Scientific memoirs by medical officers of the Army of India - Part XI,
Year: 1898
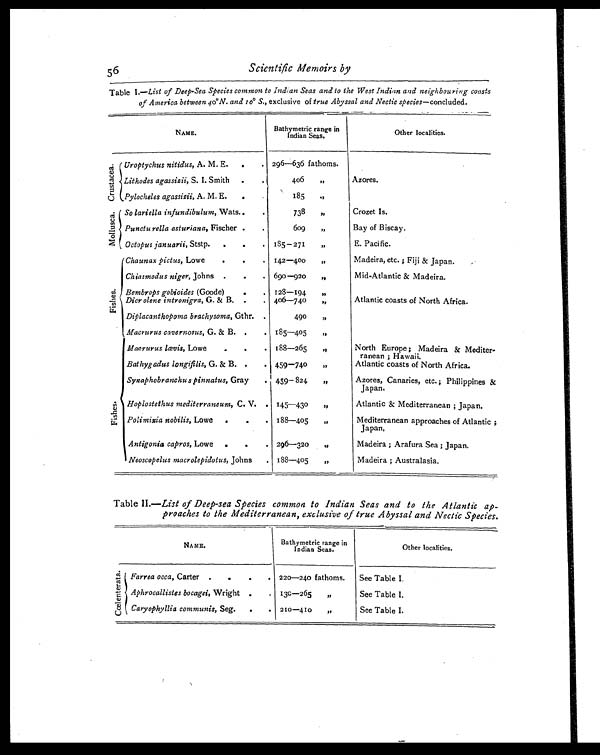
Scientific Memoirs by
Table I .—List of Deep-Sea Species common to Indian Seas and to the West Indian and neighbouring coasts
of America between 40º N . and 10° S., exclusive of true Abyssal and Nectic species —concluded.
NAME.
Bathymetric range in
Indian Seas.
Other localities.
C r u s t a c e a .
Uroptychus nitidus, A. M. E.
.
. 296—636 fathoms.
Lithodes agassizii, S. I. Smith
.
406
,,
Azores.
Pylocheles agassizii, A. M. E.
.
185
,,
M o l l u s c a .
So lariella infundibulum, Wats. .
738
,,
Crozet Is.
Puncturella asturiana, Fischer.
.
609
„
Bay of Biscay.
•
Octopus januarii,Ststp. .
. 185 — 271
, ,
E. Pacific.
F i s h e s .
C Chaunax pictus, Lowe
.
. 142—400
,,
Madeira, etc.; Fiji & Japan.
Chiasmodus niger, Johns.
. 690—920
, ,
Mid-Atlantic & Madeira.
Bembrops gobioides (Goode)
.
. 128—194
, ,
Dicrolene intronigra, G. & B. .
. 406—740
„
Atlantic coasts of North Africa.
Diplacanthopoma brachysoma, Gthr. .
490
, ,
Macrurus cavernosus, G. & B. .
. 185—405
„
F i s h e s .
Macrurus lævis, Lowe
.
.
. 188—265
, ,
North Europe; Madeira & Mediter-
ranean; Hawaii.
Bathygadus longifilis,G . & B .
. . 459—740
,,
Atlantic coasts of North Africa.
Synaphobranchus pinnatus, Gray
. 459— 824
,,
Azores, Canaries, etc.; Philippines &
Japan.
Hoplostethus mediterraneum, C. V. .
145-430
„
Atlantic & Mediterranean; Japan.
Polimixia nobilis, Lowe
.
188—405
„
Mediterranean approaches of Atlantic;
Japan.
Antigonia capros, Lowe
.
.
296—320
, ,
Madeira; Arafura Sea; Japan.
Neoscopelus macrolepidotus, Johns .
188-405
,,
Madeira; Australasia.
Table II.—List of Deep-sea Species common to Indian Seas and to the Atlantic ap
-proaches to the Mediterranean, exclusive of true Abyssal and Nectic Species.
NAME.
Bathymetric range in
Indian Seas.
Other localities.
C œ l e n t e r a t a . Farrea occa, Carter .
.
.
. 220—240 fathoms.
See Table I.
Aphrocallistes bocagei, Wright .
. 130—265
„
See Table I.
Caryophyllia communis, Seg.
.
. 210—410
„
See Table I.